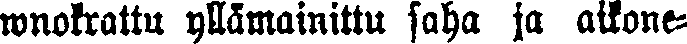
wnokrattu yllämainittu saha ja aikone-